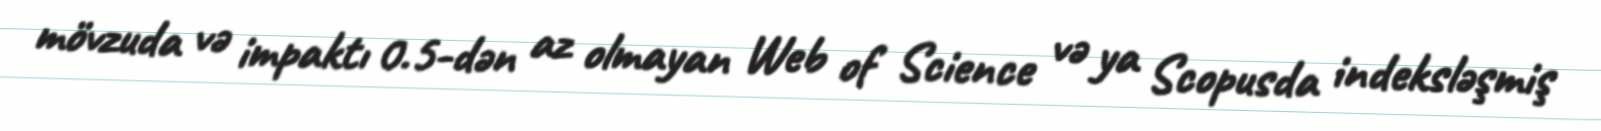
mövzuda və impaktı 0.5-dən az olmayan Web of Science və ya Scopusda indeksləşmiş